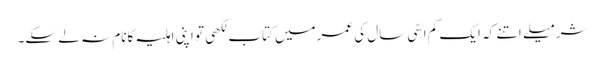
شرمیلے اتنے کہ ایک کم اسّی سال کی عمرمیں کتاب لکھی تو اپنی اہلیہ کانام نہ لے سکے۔